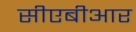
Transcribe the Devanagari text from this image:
सीएबीआर